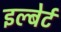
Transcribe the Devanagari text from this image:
इल्बेर्ट